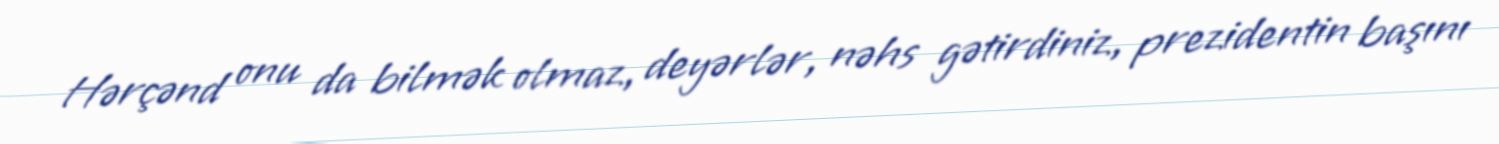
Hərçənd onu da bilmək olmaz, deyərlər, nəhs gətirdiniz, prezidentin başını